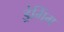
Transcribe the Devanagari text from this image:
ड्रेगिंग